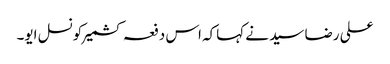
علی رضا سید نے کہاکہ اس دفعہ کشمیرکونسل ایو۔